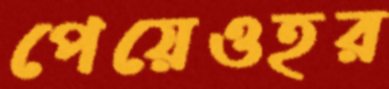
পেয়েওহর